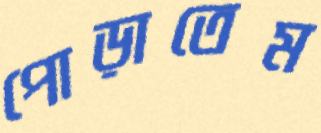
পোড়াতেম